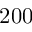
2 0 0